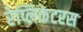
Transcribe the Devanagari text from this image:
रेप्लिकेटरस